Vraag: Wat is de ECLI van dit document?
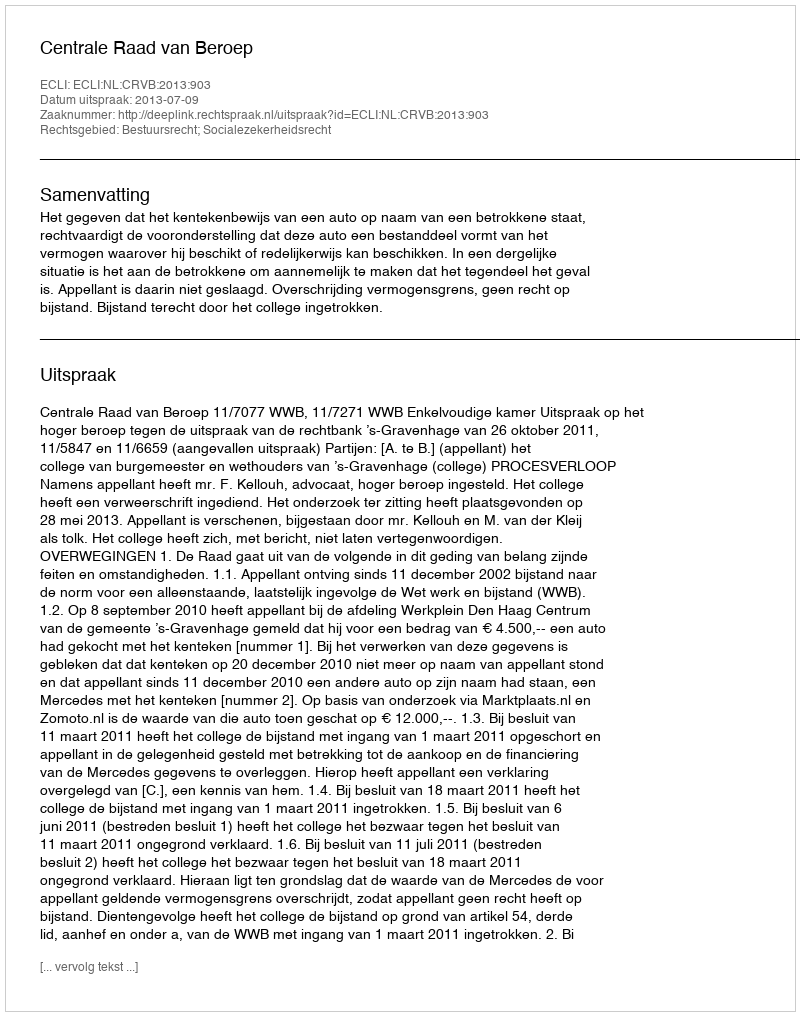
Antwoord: ECLI:NL:CRVB:2013:903